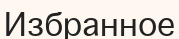
Избранное